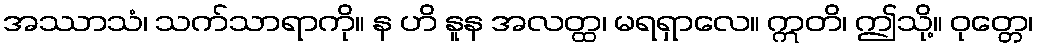
အဿာသံ၊ သက်သာရာကို။ န ဟိ နူန အလတ္ထ၊ မရရှာလေ။ ဣတိ၊ ဤသို့။ ဝုတ္တေ၊